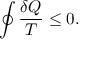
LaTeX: \oint { \frac { \delta Q } { T } } \leq 0 .